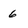
Character: 6